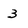
Character: 3